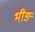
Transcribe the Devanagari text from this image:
भीङ